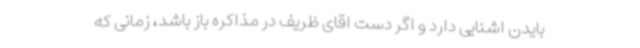
بایدن اشنایی دارد و اگر دست اقای ظریف در مذاکره باز باشد، زمانی که